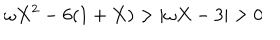
\omega X ^ { 2 } - 6 ( 1 + X ) > | \omega X - 3 | > 0